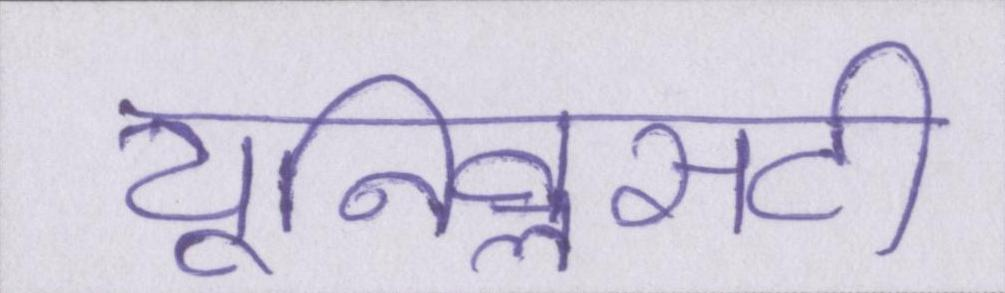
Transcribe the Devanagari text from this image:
यूनिवॢसटी